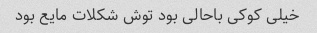
خیلی کوکی باحالی بود توش شکلات مایع بود